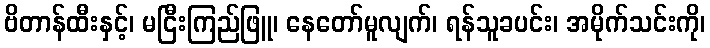
ဗိတာန်ထီးနှင့်၊ မငြီးကြည်ဖြူ၊ နေတော်မူလျက်၊ ရန်သူခပင်း၊ အမိုက်သင်းကို၊